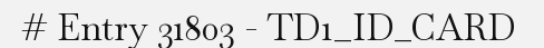
# Entry 31803 - TD1_ID_CARD